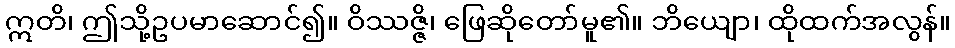
ဣတိ၊ ဤသို့ဥပမာဆောင်၍။ ဝိဿဇ္ဇိ၊ ဖြေဆိုတော်မူ၏။ ဘိယျော၊ ထိုထက်အလွန်။